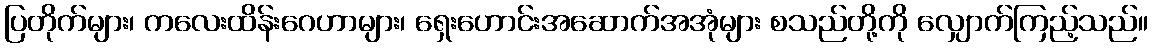
ပြတိုက်များ၊ ကလေးထိန်းဂေဟာများ၊ ရှေးဟောင်းအဆောက်အအုံများ စသည်တို့ကို လျှောက်ကြည့်သည်။